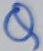
Text: Q